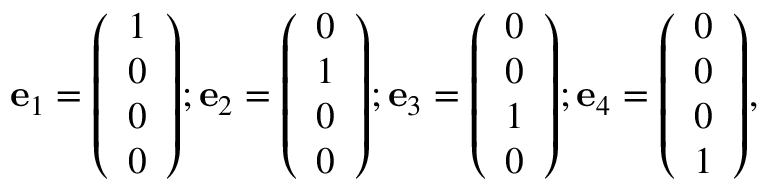
\mathbf { e } _ { 1 } = { \left( \begin{array} { l } { 1 } \\ { 0 } \\ { 0 } \\ { 0 } \end{array} \right) } ; \mathbf { e } _ { 2 } = { \left( \begin{array} { l } { 0 } \\ { 1 } \\ { 0 } \\ { 0 } \end{array} \right) } ; \mathbf { e } _ { 3 } = { \left( \begin{array} { l } { 0 } \\ { 0 } \\ { 1 } \\ { 0 } \end{array} \right) } ; \mathbf { e } _ { 4 } = { \left( \begin{array} { l } { 0 } \\ { 0 } \\ { 0 } \\ { 1 } \end{array} \right) } ,